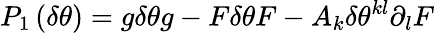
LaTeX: P_{1}\left(\delta\theta\right)=g\delta\theta g-F\delta\theta F-A_{k}\delta\theta^{kl}\partial_{l}F